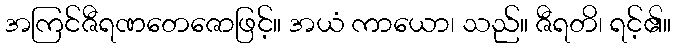
အကြင်ဇီရဏတေဇောဖြင့်။ အယံ ကာယော၊ သည်။ ဇီရတိ၊ ရင့်၏။